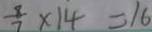
\frac { 8 } { 7 } \times 1 4 = 1 6